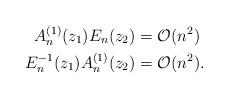
LaTeX: \begin{align*} A_n^{(1)}(z_1) E_n(z_2) & = \mathcal{O}(n^2) \\ E_n^{-1}(z_1) A_n^{(1)}(z_2) & = \mathcal{O}(n^2). \end{align*}